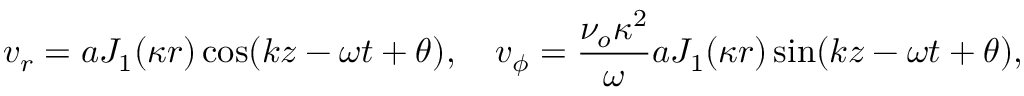
v _ { r } = a J _ { 1 } ( \kappa r ) \cos ( k z - \omega t + \theta ) , \quad v _ { \phi } = \frac { \nu _ { o } \kappa ^ { 2 } } { \omega } a J _ { 1 } ( \kappa r ) \sin ( k z - \omega t + \theta ) ,